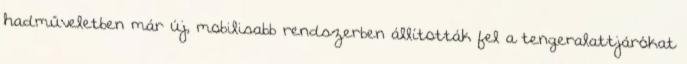
hadműveletben már új, mobilisabb rendszerben állították fel a tengeralattjárókat